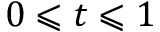
0 \leqslant t \leqslant 1